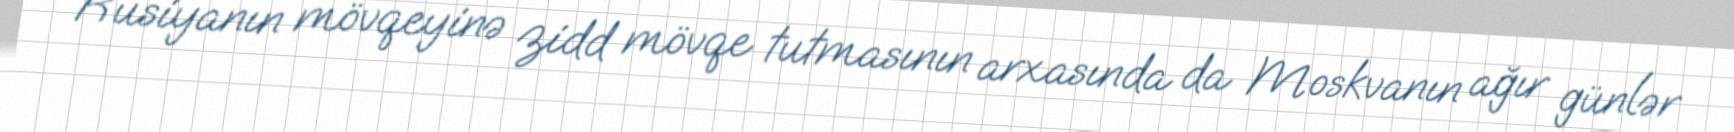
Rusiyanın mövqeyinə zidd mövqe tutmasının arxasında da Moskvanın ağır günlər